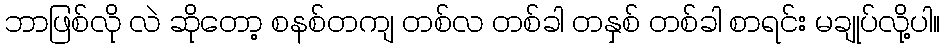
ဘာဖြစ်လို လဲ ဆိုတော့ စနစ်တကျ တစ်လ တစ်ခါ တနှစ် တစ်ခါ စာရင်း မချုပ်လို့ပါ။